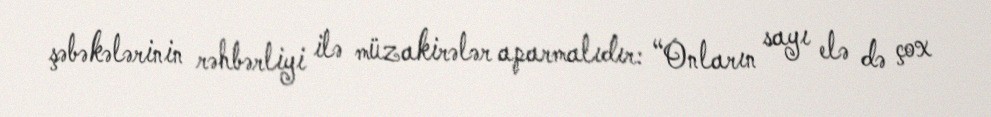
şəbəkələrinin rəhbərliyi ilə müzakirələr aparmalıdır: “Onların sayı elə də çox